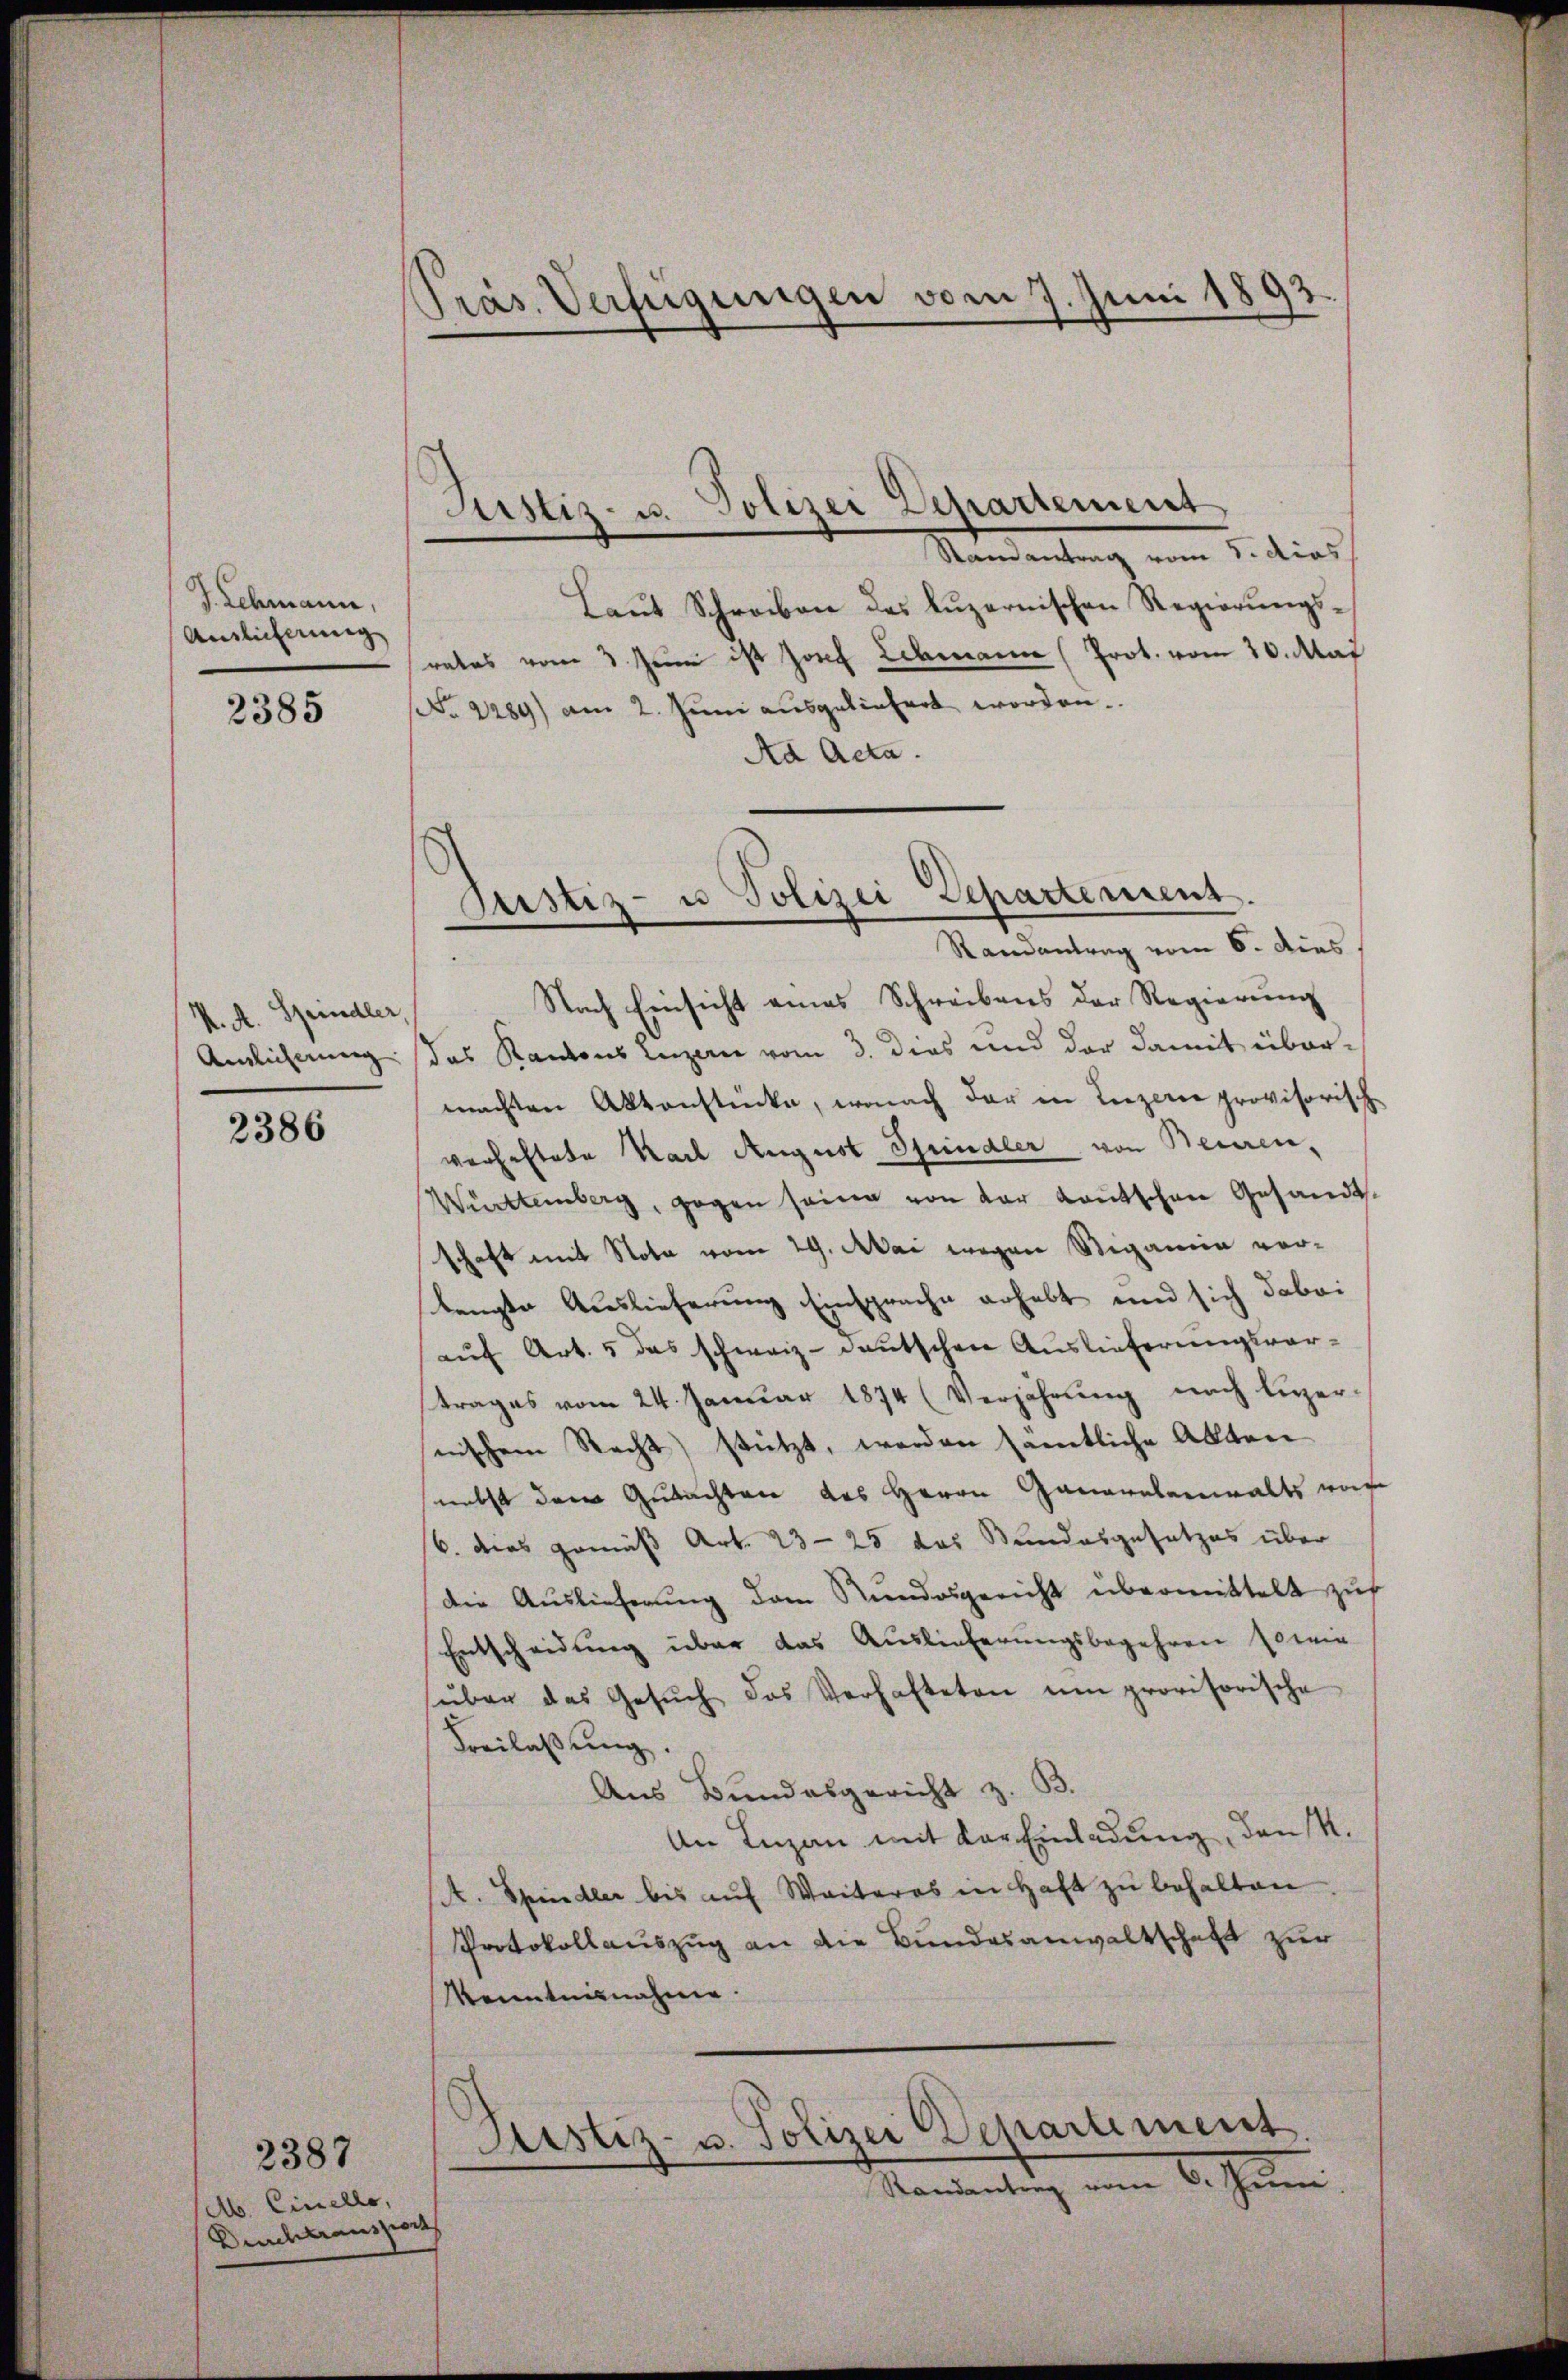
J. Schmann,
Ainlicherung

2385

K. A. Speidler,
Amlicherung

2386

b. Einello,
Drachtraussions

2387

Pras. Verfügungen vom 7. Juni 1893
—

Justiz- u. Polizei Departement
Randantrag vom 8. dies

Justiz- u Polizei Departement.
Randantrag vom 6. dies

Laŭt Schreiben des Luzernischen Regierungsrates vom 3. Juni ist Josef Lehmann (Prot. vom 20. Mai
No 1289) am 2. Juni ausgeliefert worden.
Ad Acta.
Nach Einsicht eines Schreibens der Regierung
das Kantons Luzern vom 3. dies und der damit übermachten Aktenstücke, wonach der in Luzere provisorische
verhaftete Karl August Sprindler von Beien,
Württemberg, gegen seine von der Kautschen Gesandtsschaft mit Nota vom 29. Mai wegen Stigamin vorlangte Auslieferung Einsprache erhebt und sich dabei
auf Art. 5 das schweiz. Deutschen Auslieferungsverstrages vom 24. Januar 1874 (Verjährung nach Luzernischem Recht) stützt, werden samtliche Akten
nebst dem Gutachten des Herrn Gananebenwalts wege
6. dies gemäß Art. 23—25 das Bundesgesetzes über
Die Auslieferung dem Stundesgericht übermittelt zuf
Entscheidung über das Auslieferungsbegehren sowie
über das Gesŭch das Verhafteten um provisorische
Freilassŭng.
Aus Bundesgericht z. B.
An Luzan mit der Einladung, den 4.
A. Spindler bis aŭf Weiteres in Haft zŭ behalten.
Protokollauszug an die Bundesanwaltschaft zur
Menntnisnahme.
Justiz- u. Polizei Departement.
Randantrag vom 6. Juni.